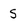
Character: s